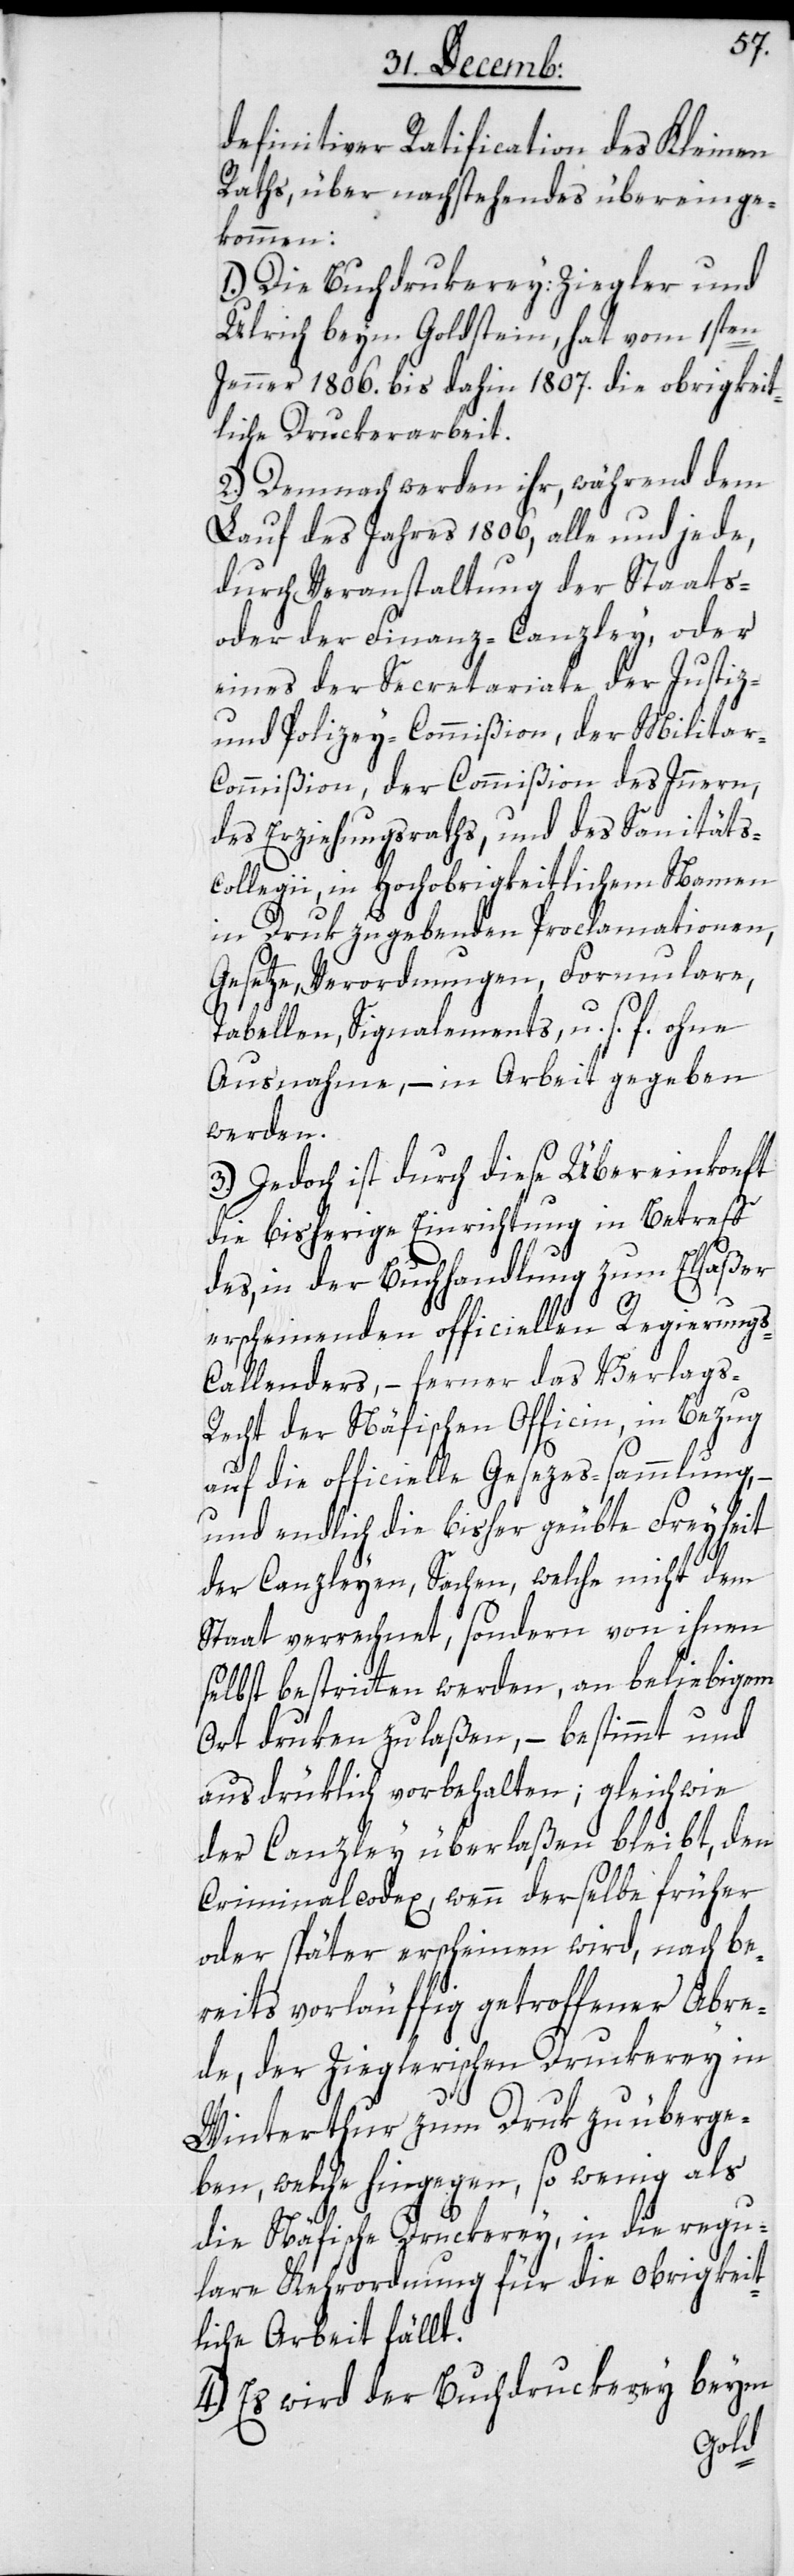
definitiver Ratification des Kleinen
Raths, über nachstehendes übereinge¬
kommen:
1.) Die Buchdrukerey: Ziegler und
Ulrich beym Goldstein, hat vom 1sten
Jenner 1806. bis dahin 1807. die obrigkeit¬
liche Druckerarbeit.
2.) Demnach werden ihr, während dem
Lauf des Jahres 1806, alle und jede,
durch Veranstaltung der Staats-
oder der Finanz-Canzley, oder
eines der Secretariate der Justiz-
und Polizey-Commißion, der Milita¬
r-Commißion, der Commißion des Inneren,
des Erziehungsraths, und des Sanitäts¬
collegii, in Hochobrigkeitlichem Namen
in Druk zugebenden Proclamationen,
Gesetze, Verordnungen, Formulare,
Tabellen, Signalements, u. s. f. ohne
Ausnahme, – in Arbeit gegeben
werden.
3.) Jedoch ist durch diese Übereinkonft
die bisherige Einrichtung in Betreff
des, in der Buchhandlung zum Elsäßer
erscheinenden officiellen Regierung¬
s-Callenders, – ferner das Verlags-R¬
echt der Näfischen Officin, in Bezug
auf die officielle Gesezes-sammlung, –
und endlich die bisher geübte Freyheit
der Canzleyen, Sachen, welche nicht dem
Staat verrechnet, sondern von ihnen
selbst bestritten werden, an beliebigem
Ort druken zu laßen, – bestimmt und
ausdrüklich vorbehalten; gleichwie
der Canzley überlaßen bleibt, den
Criminalcodex, wenn derselbe früher
oder später erscheinen wird, nach be¬
reits vorläuffig getroffener Abre¬
de, der Zieglerischen Drukerey in
Winterthur zum Druk zu überge¬
ben, welche hingegen, so wenig als
die Näfische Druckerey, in die regu¬
lare Kehrordnung für die obrigkeit¬
liche Arbeit fällt.
hdruckerey beym
4.) Es wird der Buc¬